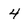
Character: 4